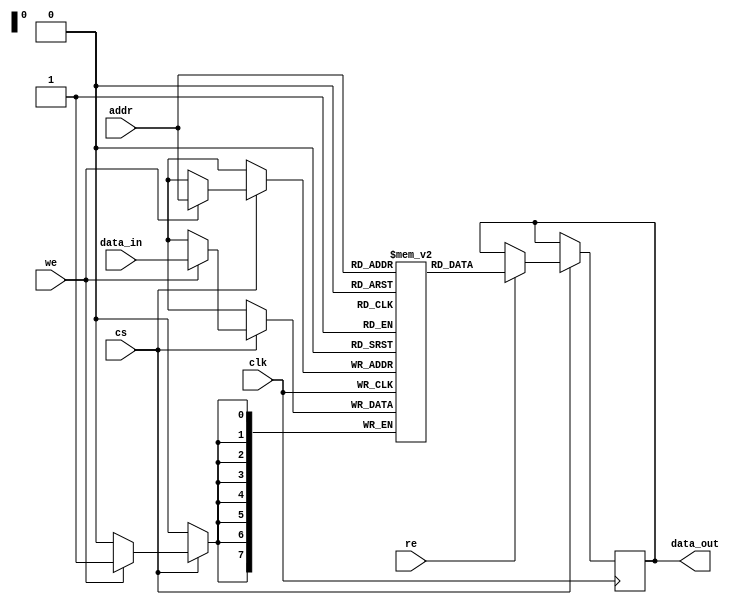
module embedded_sram #(
    parameter ADDR_WIDTH = 8,  // Address width (number of addressable locations)
    parameter DATA_WIDTH = 8    // Data width (word size)
)(
    input wire clk,              // Clock signal
    input wire cs,               // Chip Select
    input wire we,               // Write Enable
    input wire re,               // Read Enable
    input wire [ADDR_WIDTH-1:0] addr, // Address input
    input wire [DATA_WIDTH-1:0] data_in, // Data input
    output reg [DATA_WIDTH-1:0] data_out // Data output
);

    // Memory array declaration
    reg [DATA_WIDTH-1:0] memory [(2**ADDR_WIDTH)-1:0];

    // Read and Write operations
    always @(posedge clk) begin
        if (cs) begin
            if (we) begin
                // Write operation
                memory[addr] <= data_in;
            end
            if (re) begin
                // Read operation
                data_out <= memory[addr];
            end
        end
    end

    // Optional: Power management and sleep modes can be implemented here
    // Optional: Error correction mechanisms can be implemented here

endmodule